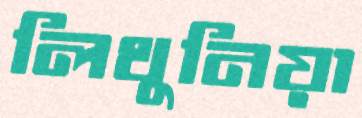
লিথুনিয়া